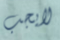
لايجب